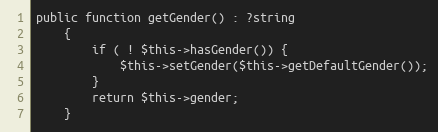
Language: PHP
public function getGender() : ?string
    {
        if ( ! $this->hasGender()) {
            $this->setGender($this->getDefaultGender());
        }
        return $this->gender;
    }